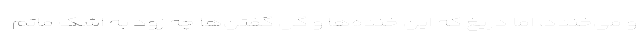
و می‌خندد، اما دریغ که این خنده‌ها و گل گفتن‌ها چه زود به اشک ماتم